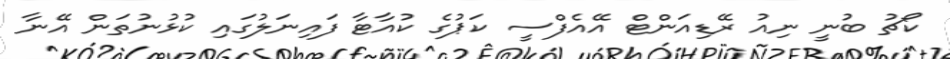
ކޯޗު ބުނީ ނިއު ރޭޑިއަންޓް އޭއެފްސީ ކަޕުގެ ކުއާޓާ ފައިނަލުގައި ކުޅުނުތަން އޭނާ